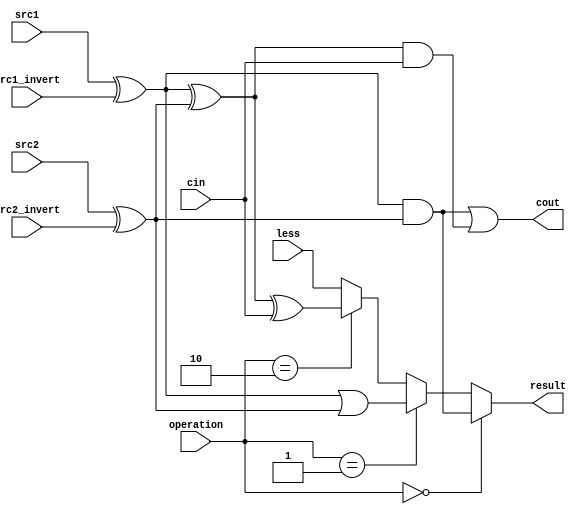
/**
 * A Single Bit Arithmetic Logic Unit
 * by NCTU CS 0113110 Po-han Chen, 0316213 Yu-wen Pwu
 */

module alu_single (
	input        src1,        // source 1
	input        src2,        // source 2
	input        less,        // less signal
	input        src1_invert, // invert source 1
	input        src2_invert, // invert source 2
	input        cin,         // carry in
	input  [1:0] operation,   // operation input
	output       result,      // final result
	output       cout         // carry out
);

wire a, b;

// Meaning of signal `operation`
// 00 &
// 01 |
// 10 +
// 11 SLT

assign a = src1 ^ src1_invert;
assign b = src2 ^ src2_invert;

assign result = ((operation == 2'b00) ? (a & b)
              : ((operation == 2'b01) ? (a | b)
              : ((operation == 2'b10) ? (a ^ b ^ cin)
              :   less)));

assign cout = (a & b) | ((a ^ b) & cin);

endmodule